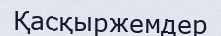
Қасқыржемдер